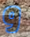
و